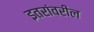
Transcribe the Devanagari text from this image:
इतरांवरील